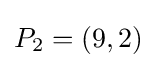
P_{2}=(9,2)